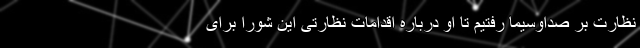
نظارت بر صداوسیما رفتیم تا او درباره اقدامات نظارتی این شورا برای